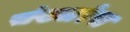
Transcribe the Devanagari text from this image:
संख्यारेषा